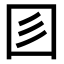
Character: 𡆱